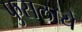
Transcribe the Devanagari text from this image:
फुसलाये